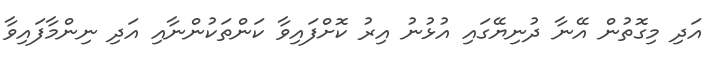
އަދި މިގޮތުން އޭނާ ދުނިޔޭގައި އުޅުނު އިރު ކޮށްފައިވާ ކަންތަކުންނާއި އަދި ނިންމާފައިވާ